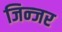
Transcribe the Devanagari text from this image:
जिन्जर